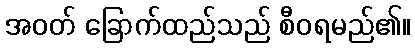
အဝတ် ခြောက်ထည်သည် စီဝရမည်၏။